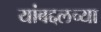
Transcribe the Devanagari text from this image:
यांबद्दलच्या